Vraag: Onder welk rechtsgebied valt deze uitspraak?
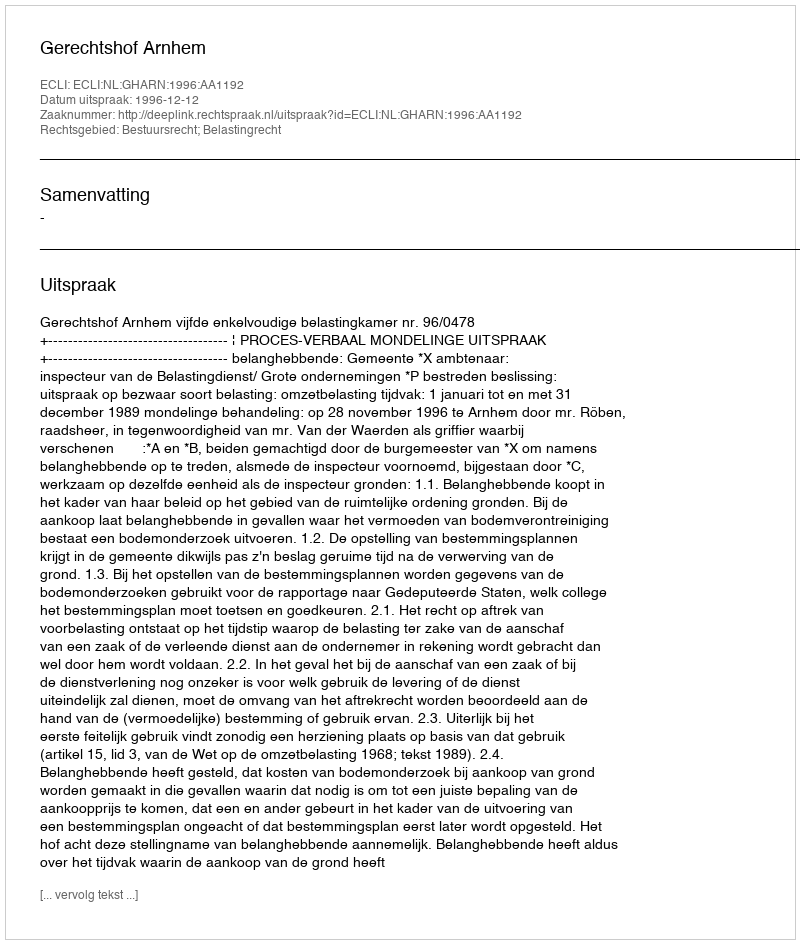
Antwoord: Bestuursrecht; Belastingrecht